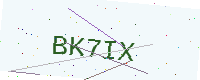
Text: BK7IX